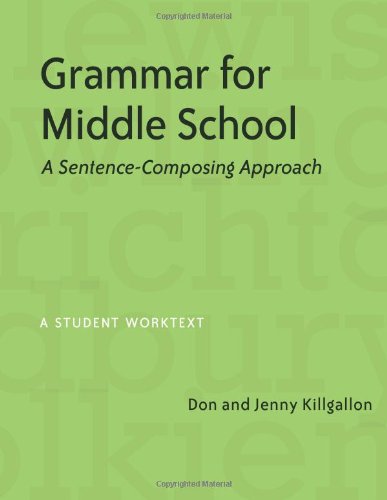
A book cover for Grammar for Middle School: A Sentence-Composing Approach--A Student Worktext; Don Killgallon; Test Preparation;